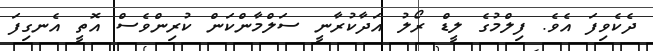
ދެކެވިފަ އެވެ. ފިލްމުގެ ލީޑް ރޯލު އަދާކުރާނީ ސަލްމާންކަން ކުރިންވެސް އޮތީ އެނގިފަ